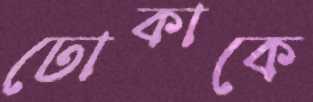
ঢোকাকে